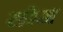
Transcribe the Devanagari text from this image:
सोज